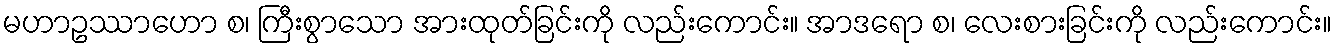
မဟာဥဿာဟော စ၊ ကြီးစွာသော အားထုတ်ခြင်းကို လည်းကောင်း။ အာဒရော စ၊ လေးစားခြင်းကို လည်းကောင်း။